Leprosy in India: report of the Leprosy Commission in India, 1890-91
Year: 1890
Disease focus: Leprosy
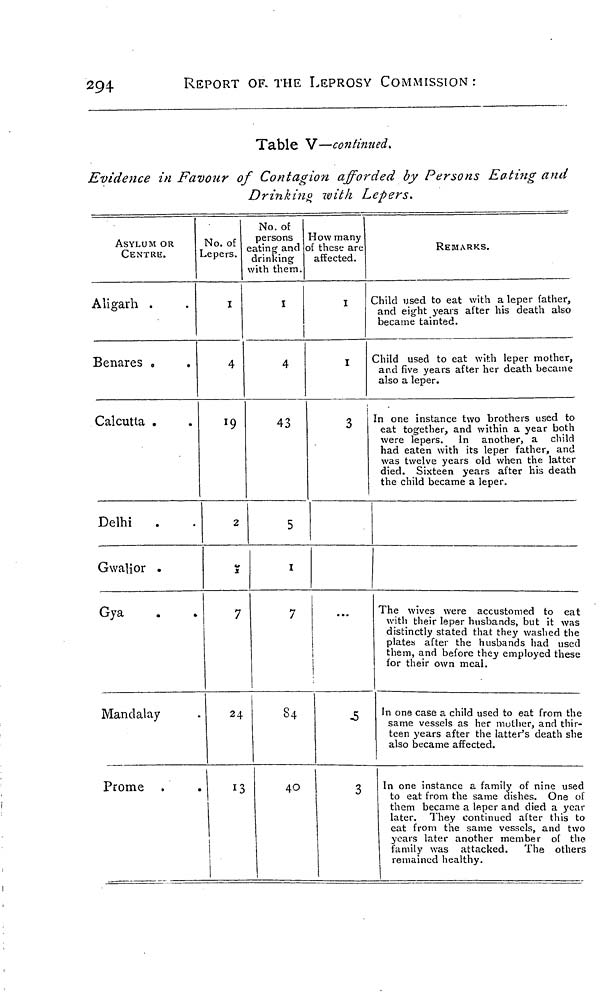
294
REPORT OF. THE LEPROSY COMMISSION :
Table V—continued.
Evidence in Favour of Contagion afforded by Persons Eating and
Drinking with Lepers.
ASYLUM OR
CENTRE.
Aligarh .
Benares ,
Calcutta .
Delhi
.
Gwalior .
Gya
Mandalay
Prome .
No. of
Lepers.
1
4
19
2
7
24
No. of
persons
eating and
drinking
with them.
1
4
43
5
1
7
84
40
How many
of these are
affected.
1
1
1
3
...
5
3
REMARKS.
Child used to eat with a leper father,
and eight years after his death also
became tainted.
Child used to eat with leper mother,
and five years after her death became
also a leper.
In one instance two brothers used to
eat together, and within a year both
were lepers. In another, a child
had eaten with its leper father, and
was twelve years old when the latter
died. Sixteen years after his death
the child became a leper.
The wives were accustomed to eat
with their leper husbands, but it was
distinctly stated that they washed the
plates after the husbands had used
them, and before they employed these
for their own meal.
In one case a child used to eat from the
same vessels as her mother, and thir-
teen years after the latter's death she
also became affected.
In one instance a family of nine used
to eat from the same dishes. One of
them became a leper and died a year
later. They continued after this to
eat from the same vessels, and two
years later another member of the
family was attacked. The others
remained healthy.